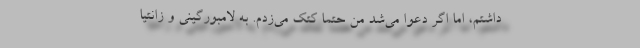
داشتم، اما اگر دعوا می‌شد من حتما کتک می‌زدم. به لامبورگینی و زانتیا